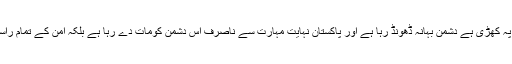
اب جنگ ہمارے سر پہ کھڑی ہے دشمن بہانہ ڈھونڈ رہا ہے اور پاکستان نہایت مہارت سے ناصرف اس دشمن کومات دے رہا ہے بلکہ امن کے تمام راستے کھولے بیٹھا ہے۔